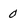
Character: 0